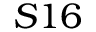
S 1 6